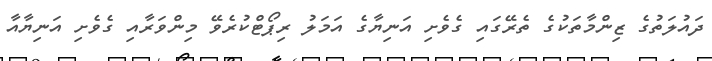
ދައުލަތުގެ ޒިންމާތަކުގެ ތެރޭގައި ގެވެށި އަނިޔާގެ އަމަލު ރިޕޯޓްކުރެވޭ މިންވަރާއި ގެވެށި އަނިޔާއާ